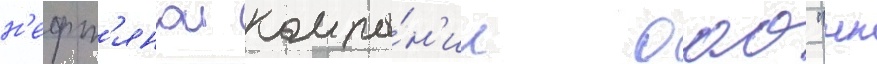
н'ефт'янои компа́н'ии оао "нк